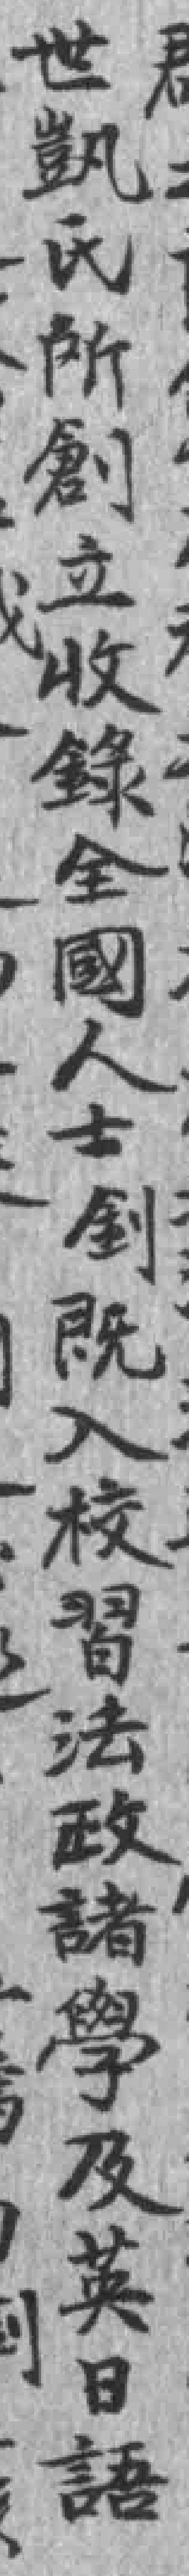
世凱氏所創立收錄全國人士釗既入校習法政諸學及英日語